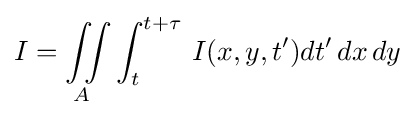
I=\iint \limits _{A}\int _{t}^{t+\tau }\,I(x,y,t')dt'\,dx\,dy